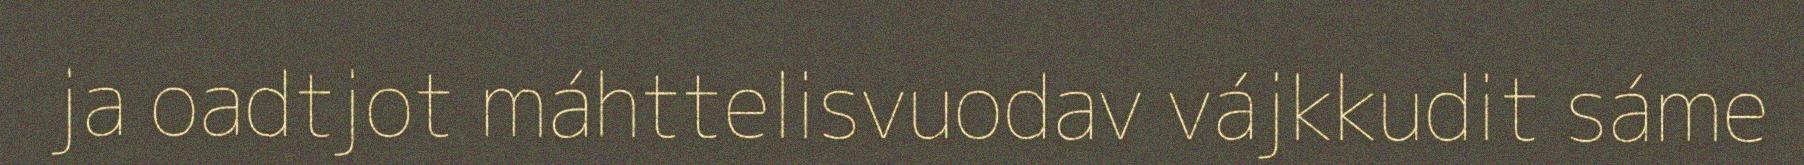
ja oadtjot máhttelisvuodav vájkkudit sáme